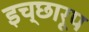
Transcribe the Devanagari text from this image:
इच्छारूप